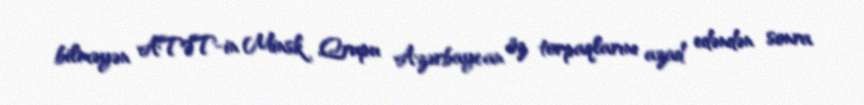
bilməyən ATƏT-in Minsk Qrupu Azərbaycan öz torpaqlarını azad edəndən sonra